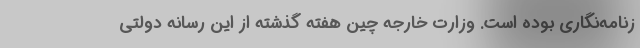
زنامه‌نگاری بوده است. وزارت خارجه چین هفته گذشته از این رسانه دولتی